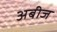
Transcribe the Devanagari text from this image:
अबीज